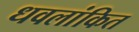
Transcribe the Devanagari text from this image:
धवलांकित